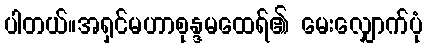
ပါတယ်။အရှင်မဟာစုန္ဒမထေရ်၏ မေးလျှောက်ပုံ